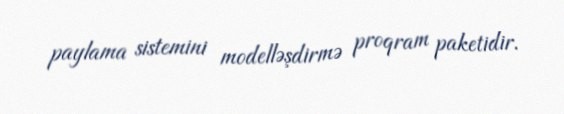
paylama sistemini modelləşdirmə proqram paketidir.